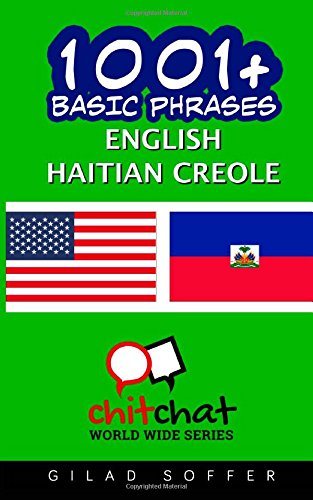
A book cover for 1001+ Basic Phrases English - Haitian Creole; Gilad Soffer; Travel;